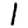
Digit: 1